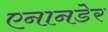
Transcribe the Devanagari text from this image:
एनानडेर